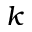
k